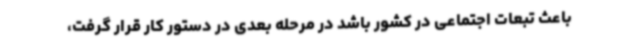
باعث تبعات اجتماعی در کشور باشد در مرحله بعدی در دستور کار قرار گرفت،